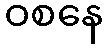
ဝစနေ